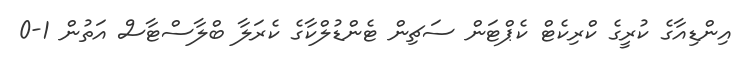
އިންޑިއާގެ ކުރީގެ ކްރިކެޓް ކެޕްޓަން ސަޗިން ޓެންޑުލްކާގެ ކެރަލާ ބްލާސްޓާސް އަތުން 1-0